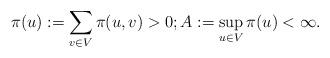
LaTeX: \begin{align*}\pi(u):=\sum_{v\in V}\pi(u,v)>0; A:= \sup_{u\in V}\pi(u) <\infty.\end{align*}